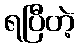
ရပြီတဲ့